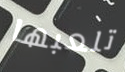
تلعبها